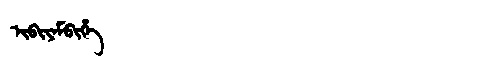
Manchu: ᡳᠪᡳᠶᠠᠮᠪᡳᡥᡝ
Romanization: IBIYAMBIHE